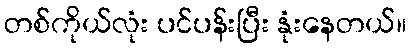
တစ်ကိုယ်လုံး ပင်ပန်းပြီး နုံးနေတယ်။